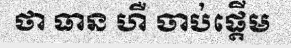
ថា ធាន ហឺ ចាប់ផ្តើម